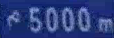
5000m